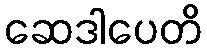
ဆေဒါပေတိ